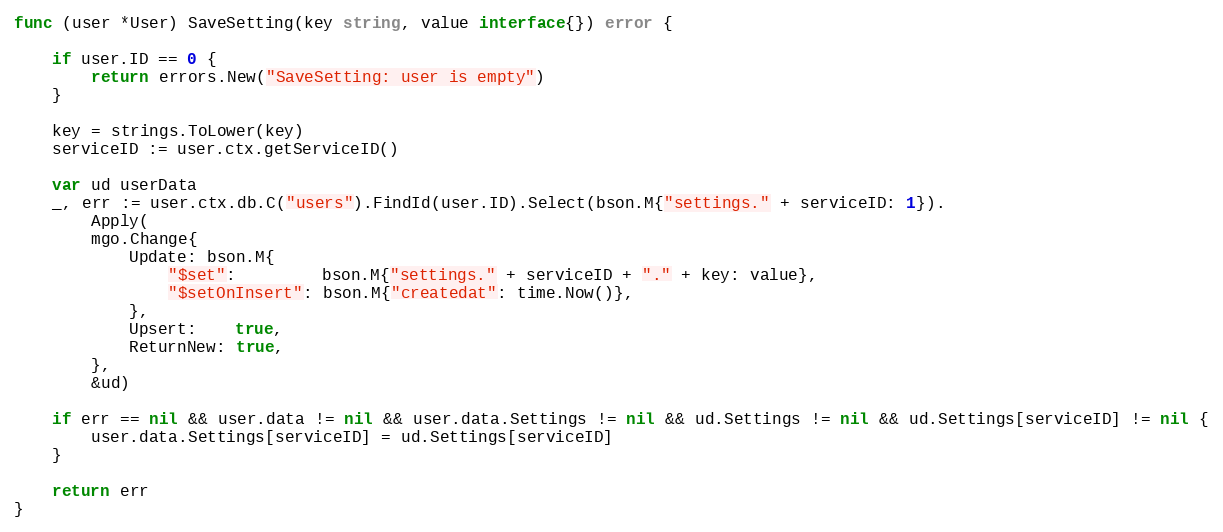
Language: Go
func (user *User) SaveSetting(key string, value interface{}) error {

	if user.ID == 0 {
		return errors.New("SaveSetting: user is empty")
	}

	key = strings.ToLower(key)
	serviceID := user.ctx.getServiceID()

	var ud userData
	_, err := user.ctx.db.C("users").FindId(user.ID).Select(bson.M{"settings." + serviceID: 1}).
		Apply(
		mgo.Change{
			Update: bson.M{
				"$set":         bson.M{"settings." + serviceID + "." + key: value},
				"$setOnInsert": bson.M{"createdat": time.Now()},
			},
			Upsert:    true,
			ReturnNew: true,
		},
		&ud)

	if err == nil && user.data != nil && user.data.Settings != nil && ud.Settings != nil && ud.Settings[serviceID] != nil {
		user.data.Settings[serviceID] = ud.Settings[serviceID]
	}

	return err
}